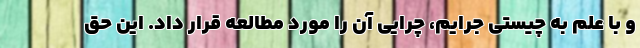
و با علم به چیستی جرایم، چرایی آن را مورد مطالعه قرار داد. این حق